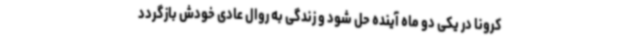
کرونا در یکی دو ماه آینده حل شود و زندگی به روال عادی خودش بازگردد